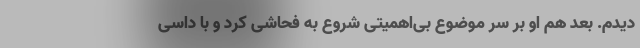
دیدم. بعد هم او بر سر موضوع بی‌اهمیتی شروع به فحاشی کرد و با داسی